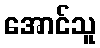
အောင်သူ